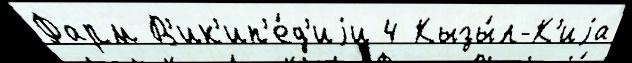
Фарм В'ик'ип'е́д'иjи 4 Кызы́л-К'иjа